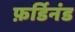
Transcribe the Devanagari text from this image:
फ़र्डिनंड